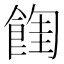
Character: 𩜩